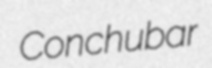
Conchubar